Indian journal of veterinary science and animal husbandry - Volumes 15-17, 1948-1951
Year: 1948
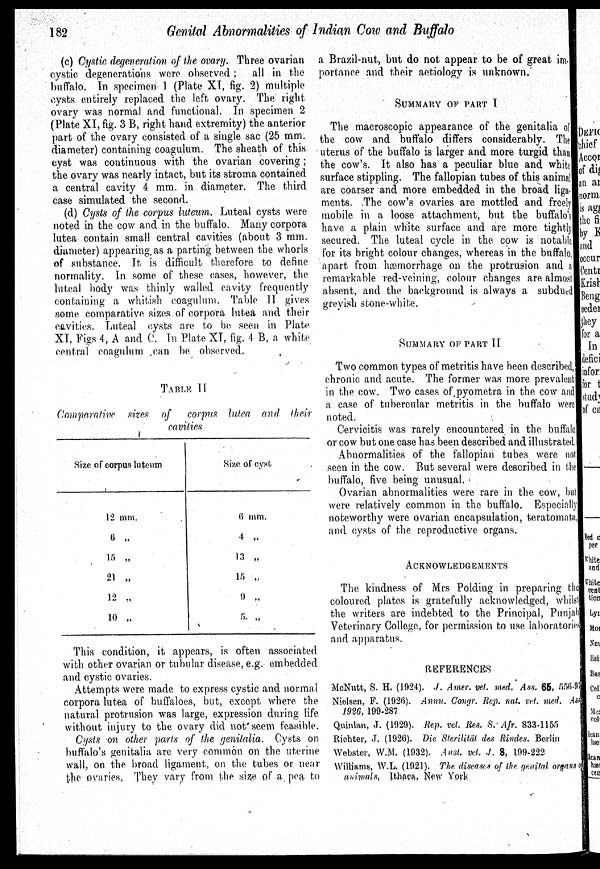
182
Genital Abnormalities of Indian Cow and Buffalo
(c) Cystic degeneration of the ovary. Three ovarian
cystic degenerations were observed; all in the
buffalo. In specimen 1 (Plate XI, fig. 2) multiple
cysts entirely replaced the left ovary. The right
ovary was normal and functional. In specimen 2
(Plate XI, fig. 3 B, right hand extremity) the anterior
part of the ovary consisted of a single sac (25 mm.
diameter) containing coagulum. The sheath of this
cyst was continuous with the ovarian covering;
the ovary was nearly intact, but its stroma contained
a central cavity 4 mm. in diameter. The third
case simulated the second.
(d) Cysts of the corpus luteum. Luteal cysts were
noted in the cow and in the buffalo. Many corpora
lutea contain small central cavities (about 3 mm.
diameter) appearing as a parting between the whorls
of substance. It is difficult therefore to define
normality. In some of these cases, however, the
luteal body was thinly walled cavity frequently
containing a whitish coagulum. Table II gives
some comparative sizes of corpora lutea and their
cavities. Luteal cysts are to be seen in Plate
XI, Figs 4, A and C. In Plate XI, fig. 4 B, a. white
central coagulum can be observed.
TABLE II
Comparative sizes of corpus lutea and their
cavities
Size of corpus luteum
12 mm.
6 „
15 „
21 „
12 „
10 „
Size of cyst
6 mm.
4 „
13 „
15 „
9 „
5 „
This condition, it appears, is often associated
with other ovarian or tubular disease, e.g. embedded
and cystic ovaries.
Attempts were made to express cystic and normal
corpora lutea of buffaloes, but, except where the
natural protrusion was large, expression during life
without injury to the ovary did not seem feasible.
Cysts on other parts of the genitalia. Cysts on
buffalo's genitalia are very common on the uterine
wall, on the broad ligament, on the tubes or near
the ovaries. They vary from the size of a pea. to
a Brazil-nut, but do not appear to be of great im-
portance and their aetiology is unknown.
SUMMARY OF PART I
The macroscopic appearance of the genitalia of
the cow and buffalo differs considerably. The
uterus of the buffalo is larger and more turgid than
the cow's. It also has a peculiar blue and white
surface stippling. The fallopian tubes of this animal
are coarser and more embedded in the broad liga-
ments. The cow's ovaries are mottled and freely
mobile in a loose attachment, but the buffalo's
have a plain white surface and are more tightly
secured. The luteal cycle in the cow is notable
for its bright colour changes, whereas in the buffalo,
apart from hæmorrhage on the protrusion and a
remarkable red-veining, colour changes are almost
absent, and the background is always a subdued
greyish stone-white.
SUMMARY OF PART II.
Two common types of metritis have been described,
chronic and acute. The former was more prevalent
in the cow. Two cases of pyometra in the cow and
a case of tubercular metritis in the buffalo were
noted.
Cervicitis was rarely encountered in the buffalo
or cow but one case has been described and illustrated,
Abnormalities of the fallopian tubes were not
seen in the cow. But several were described in the
buffalo, five being unusual.
Ovarian abnormalities were rare in the cow, but
were relatively common in the buffalo. Especially
noteworthy were ovarian encapsulation, teratomata,
and cysts of the reproductive organs.
ACKNOWLEDGEMENTS
The kindness of Mrs Polding in preparing the
coloured plates is gratefully acknowledged, whilst
the writers are indebted to the Principal, Punjab
Veterinary College, for permission to use laboratories
and apparatus.
REFERENCES
McNutt, S. H. (1924). J. Amer. vet. med. Ass. 65, 556-97
Nielsen, P. (1926). Annu. Congr. Rep. nat. vet. med. Ass
1926, 199-287
Quinlan, J. (1929). Rep. vet. Res. S. Afr. 833-1155
Riehter, J. (1926). Die Sterilität des Rindes. Berlin
Webster, W.M. (1932). Aust. vet. J. 8, 199-222
Williams, W.L. (1921). The diseases of the genital organs of
animals. Ithaca, New York